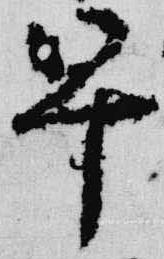
早